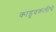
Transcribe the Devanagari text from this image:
काडुवकलीचे